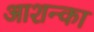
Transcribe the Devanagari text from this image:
आशन्का